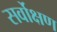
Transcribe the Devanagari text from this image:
सर्वोक्षण